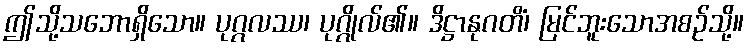
ဤသို့သဘောရှိသော။ ပုဂ္ဂလဿ၊ ပုဂ္ဂိုလ်၏။ ဒိဋ္ဌာနုဂတိံ၊ မြင်ဘူးသောအစဉ်သို့။